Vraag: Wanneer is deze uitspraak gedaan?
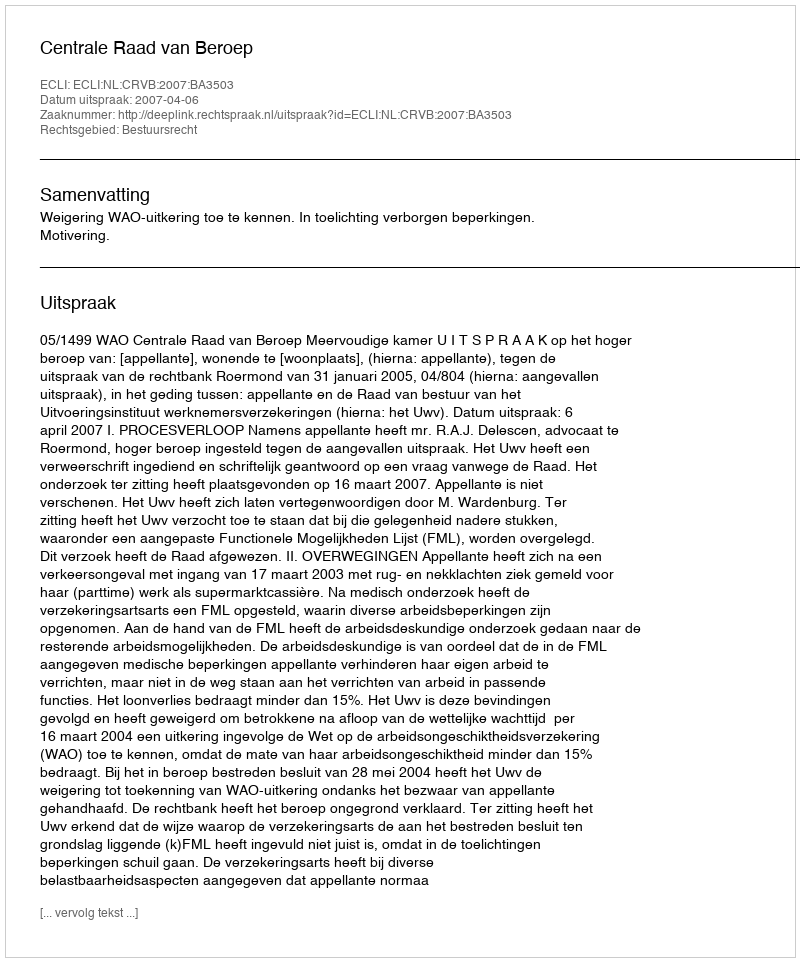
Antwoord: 2007-04-06